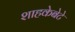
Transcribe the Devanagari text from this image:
शाहकेबेटे